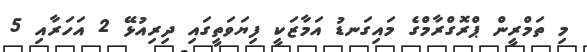
މި ތަމްރީން ޕްރޮގްރާމްގެ މައިގަނޑު އަމާޒަކީ ފިޔަވަތީގައި ދިރިއުޅޭ 2 އަހަރާއި 5